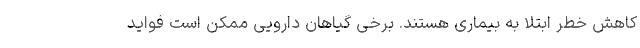
کاهش خطر ابتلا به بیماری هستند. برخی گیاهان دارویی ممکن است فواید